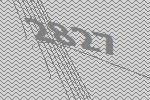
2827